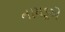
નાયડૂએ